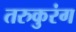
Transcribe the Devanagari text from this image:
तरुकुरंग